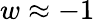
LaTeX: w\approx-1